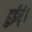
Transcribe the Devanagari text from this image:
हुईर्ं।